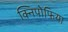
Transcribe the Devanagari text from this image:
क्निपोफिया